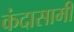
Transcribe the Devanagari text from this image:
कंदासामी